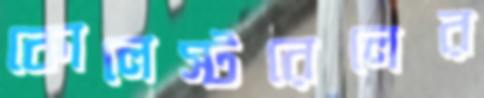
কোলেস্টরেলের